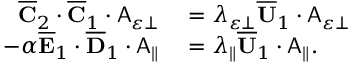
\begin{array} { r l } { \overline { { \mathbf { C } } } _ { 2 } \cdot \overline { { \mathbf { C } } } _ { 1 } \cdot \mathsf { A } _ { \varepsilon \perp } } & { { } = \lambda _ { \varepsilon \perp } \overline { { \mathbf { U } } } _ { 1 } \cdot \mathsf { A } _ { \varepsilon \perp } } \\ { - \alpha \overline { { \mathbf { E } } } _ { 1 } \cdot \overline { { \mathbf { D } } } _ { 1 } \cdot \mathsf { A } _ { \parallel } } & { { } = \lambda _ { \parallel } \overline { { \mathbf { U } } } _ { 1 } \cdot \mathsf { A } _ { \parallel } . } \end{array}